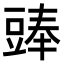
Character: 𧯵